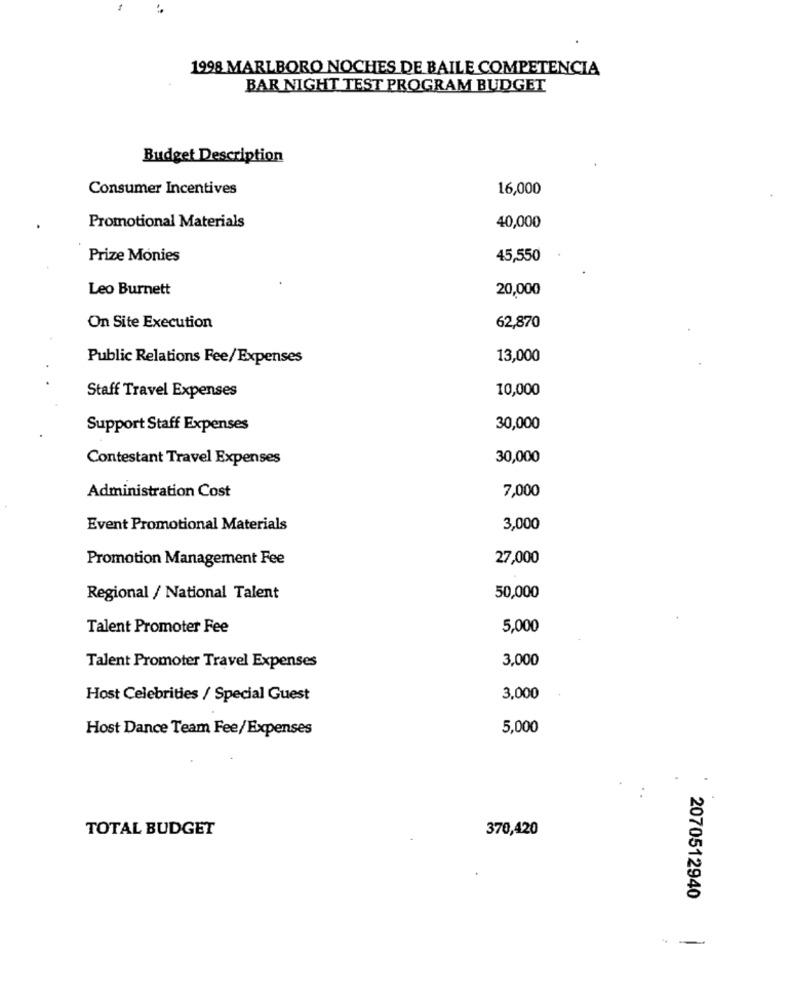
1998 MARLBORO NOCHES DE BAILE COMPETENCIA
BAR NIGHT TEST PROGRAM BUDGET
Budget Description
Consumer Incentives
16,000
Promotional Materials
40,000
Prize Monies
45,550
Leo Burnett
20,000
On Site Execution
62,870
Public Relations Fee/Expenses
13,000
10,000
Staff Travel Expenses
Support Staff Expenses
30,000
Contestant Travel Expenses
30,000
Administration Cost
7,000
Event Promotional Materials
3,000
Promotion Management Fee
27,000
Regional / National Talent
50,000
Talent Promoter Fee
5,000
3,000
Talent Promoter Travel Expenses
Host Celebrities / Special Guest
3,000
Host Dance Team Fee/Expenses
5,000
TOTAL BUDGET
370,420
2070512940
-